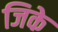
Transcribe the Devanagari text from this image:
जिके